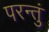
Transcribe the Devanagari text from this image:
परन्तुं